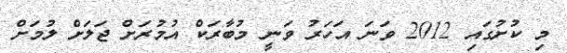
މި ކުށުގައި 2012 ވަނަ އަހަރު ވަނީ މުބާރަކް އުމުރަށް ޖަލަށް ލުމަށް